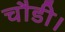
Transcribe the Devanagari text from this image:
चौडी।